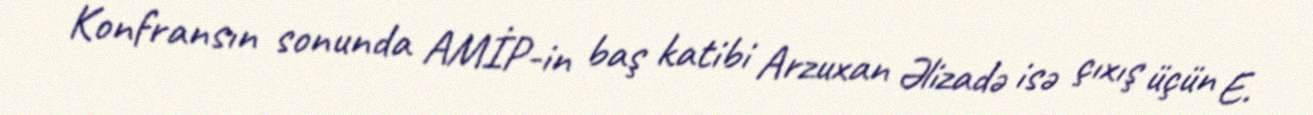
Konfransın sonunda AMİP-in baş katibi Arzuxan Əlizadə isə çıxış üçün E.